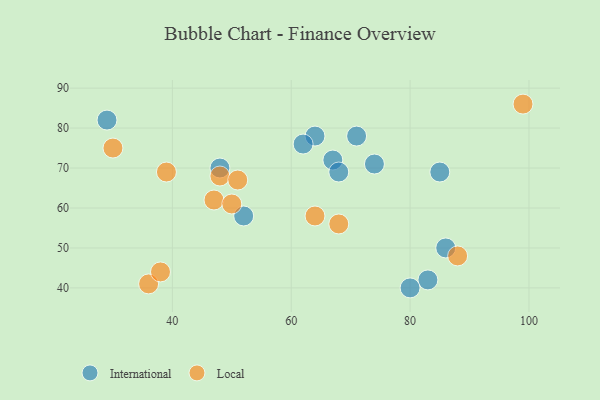
{"axis": {"x": "GDP", "y": "Life Expectancy"}, "legend": ["International", "Local"], "data": [{"x": "64", "y": 78, "type": "International"}, {"x": "48", "y": 70, "type": "International"}, {"x": "85", "y": 69, "type": "International"}, {"x": "86", "y": 50, "type": "International"}, {"x": "62", "y": 76, "type": "International"}, {"x": "71", "y": 78, "type": "International"}, {"x": "74", "y": 71, "type": "International"}, {"x": "83", "y": 42, "type": "International"}, {"x": "29", "y": 82, "type": "International"}, {"x": "52", "y": 58, "type": "International"}, {"x": "80", "y": 40, "type": "International"}, {"x": "67", "y": 72, "type": "International"}, {"x": "68", "y": 69, "type": "International"}, {"x": "36", "y": 41, "type": "Local"}, {"x": "88", "y": 48, "type": "Local"}, {"x": "39", "y": 69, "type": "Local"}, {"x": "30", "y": 75, "type": "Local"}, {"x": "64", "y": 58, "type": "Local"}, {"x": "48", "y": 68, "type": "Local"}, {"x": "47", "y": 62, "type": "Local"}, {"x": "38", "y": 44, "type": "Local"}, {"x": "99", "y": 86, "type": "Local"}, {"x": "50", "y": 61, "type": "Local"}, {"x": "51", "y": 67, "type": "Local"}, {"x": "68", "y": 56, "type": "Local"}]}